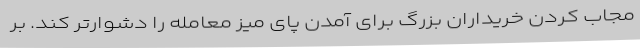
مجاب کردن خریداران بزرگ برای آمدن پای میز معامله را دشوارتر کند. بر